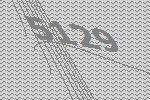
5129